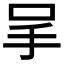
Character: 𠰅